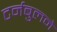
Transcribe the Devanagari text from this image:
टर्नबुलने